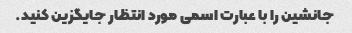
جانشین را با عبارت اسمی مورد انتظار جایگزین کنید.